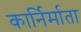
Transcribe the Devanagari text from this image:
कार्निर्माता